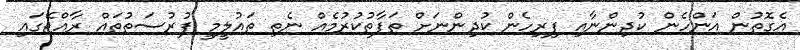
އެގޮތުން އަންހެން ކުދިންނާއި ފިރިހެން ކުދިންނަށް ތަފާތުކުރުމެއް ނެތި ތައުލީމީ ފުރުސަތުތައް ރާއްޖޭގައި